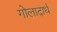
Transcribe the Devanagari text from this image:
गोलादार्ध